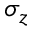
\sigma _ { z }